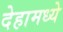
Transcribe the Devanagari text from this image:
देहामध्ये